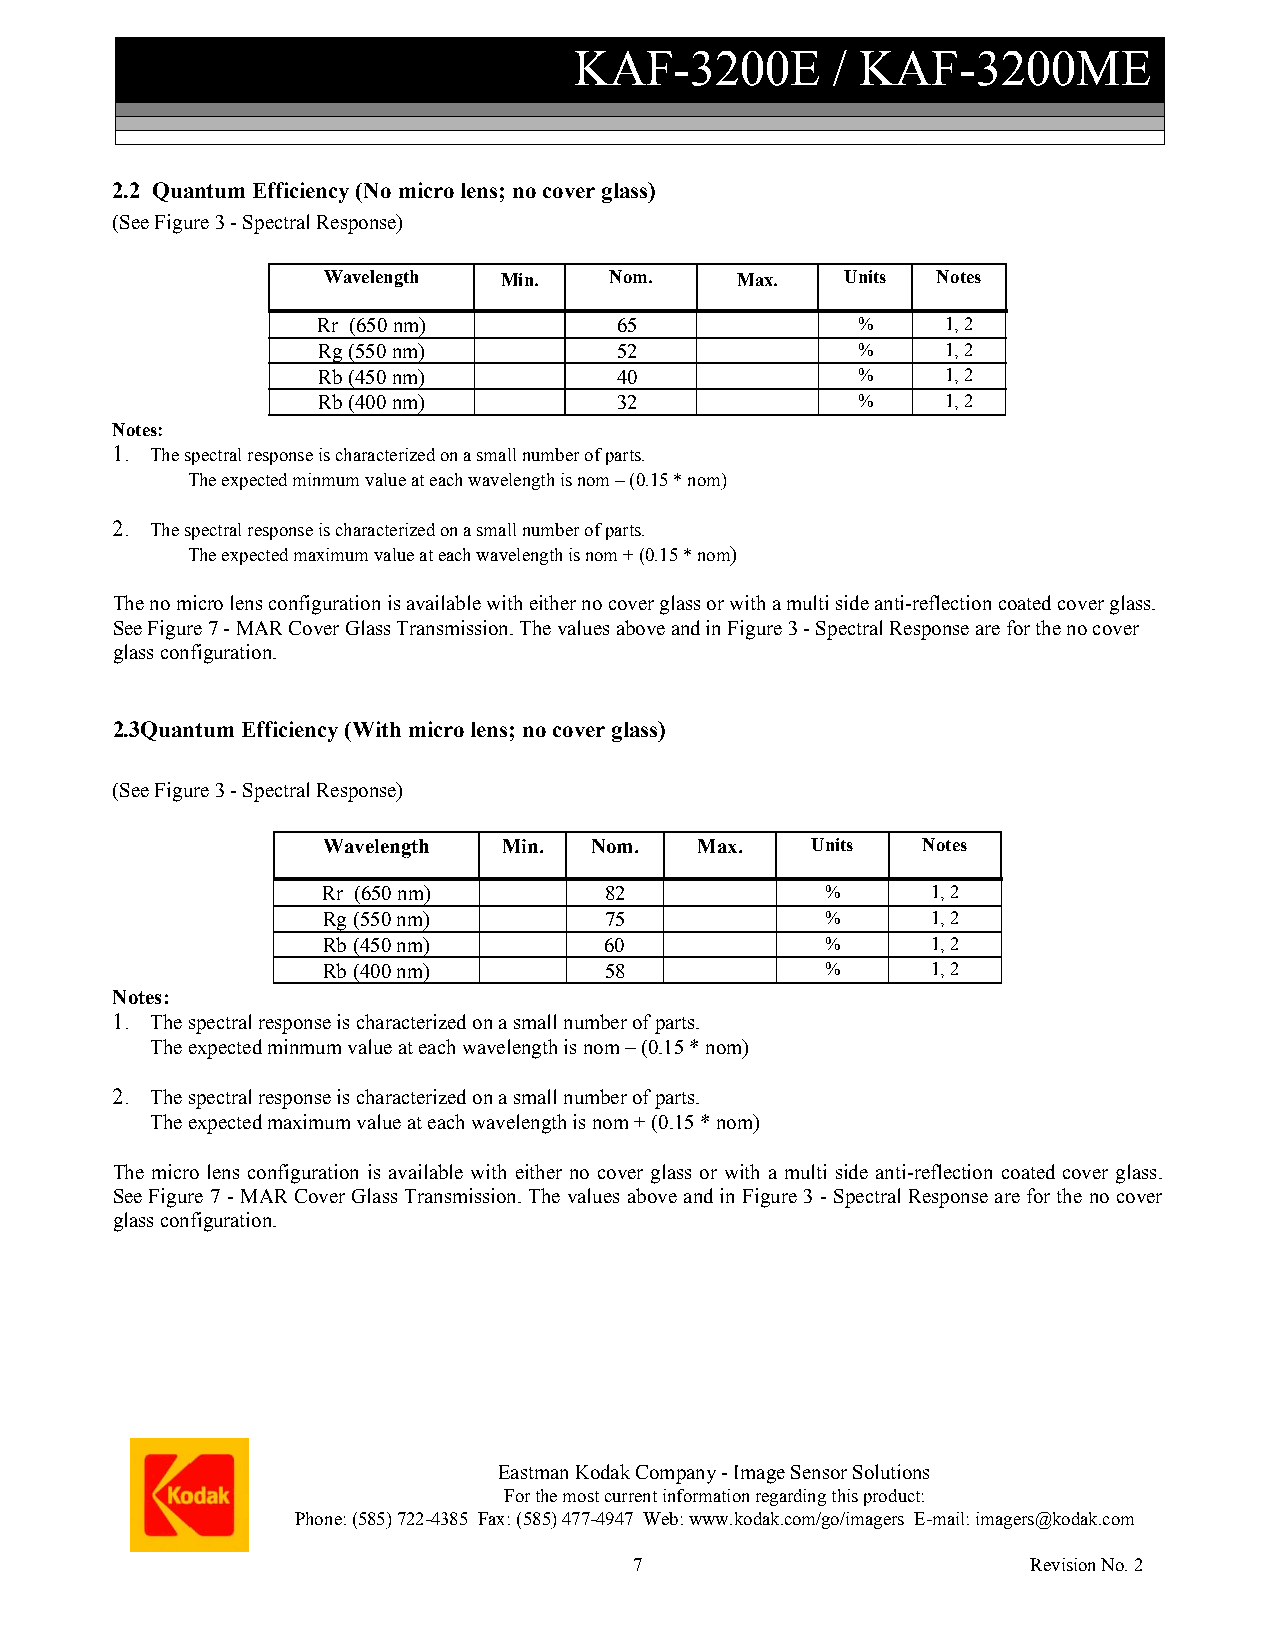
KAF-3200E        / KAF-3200ME
 2.2 Quantum Efficiency (No micro lens; no cover glass)
 (See Figure 3 - Spectral Response)
 Wavelength  Min.   Nom.     Max.   Units Notes
 Rr (650 nm)         65              %     1, 2
 Rg (550 nm)         52              %     1, 2
 Rb (450 nm)         40              %     1, 2
 Rb (400 nm)         32              %     1, 2
 Notes:
 1. The spectral response is characterized on a small number of parts.
 The expected minmum value at each wavelength is nom – (0.15 * nom)
 2. The spectral response is characterized on a small number of parts.
 The expected maximum value at each wavelength is nom + (0.15 * nom)
 The no micro lens configuration is available with either no cover glass or with a multi side anti-reflection coated cover glass.
 See Figure 7 - MAR Cover Glass Transmission. The values above and in Figure 3 - Spectral Response are for the no cover
 glass configuration.
 2.3Quantum Efficiency (With micro lens; no cover glass)
 (See Figure 3 - Spectral Response)
 Wavelength  Min.  Nom.   Max.    Units  Notes
 Rr (650 nm)        82             %      1, 2
 Rg (550 nm)        75             %      1, 2
 Rb (450 nm)        60             %      1, 2
 Rb (400 nm)        58             %      1, 2
 Notes:
 1. The spectral response is characterized on a small number of parts.
 The expected minmum value at each wavelength is nom – (0.15 * nom)
 2. The spectral response is characterized on a small number of parts.
 The expected maximum value at each wavelength is nom + (0.15 * nom)
 The micro lens configuration is available with either no cover glass or with a multi side anti-reflection coated cover glass.
 See Figure 7 - MAR Cover Glass Transmission. The values above and in Figure 3 - Spectral Response are for the no cover
 glass configuration.
 Eastman Kodak Company - Image Sensor Solutions
 For the most current information regarding this product:
 Phone: (585) 722-4385 Fax: (585) 477-4947 Web: www.kodak.com/go/imagers E-mail: imagers@kodak.com
 7                         Revision No. 2